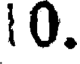
10.